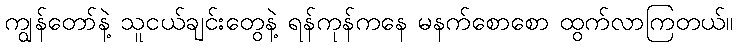
ကျွန်တော်နဲ့ သူငယ်ချင်းတွေနဲ့ ရန်ကုန်ကနေ မနက်စောစော ထွက်လာကြတယ်။